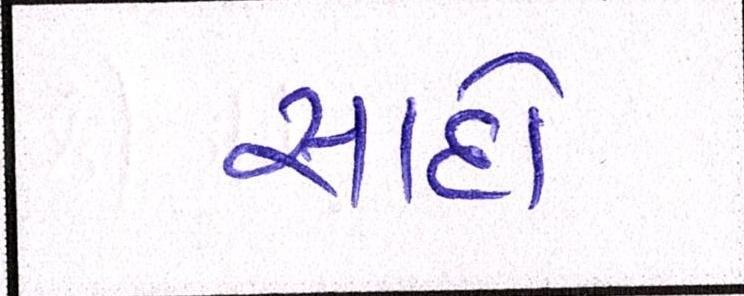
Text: સાદો